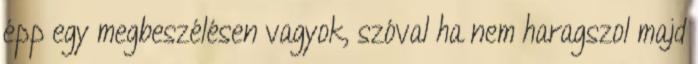
épp egy megbeszélésen vagyok, szóval ha nem haragszol majd